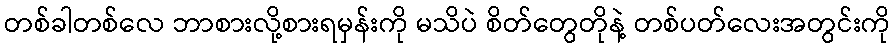
တစ်ခါတစ်လေ ဘာစားလို့စားရမှန်းကို မသိပဲ စိတ်တွေတိုနဲ့ တစ်ပတ်လေးအတွင်းကို